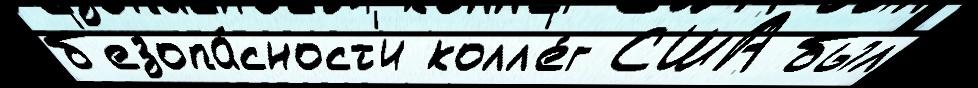
б'езопа́сност'и колл'е́г США был